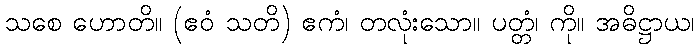
သစေ ဟောတိ။ (ဧဝံ သတိ) ဧကံ၊ တလုံးသော။ ပတ္တံ၊ ကို။ အဓိဋ္ဌာယ၊